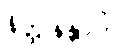
နိတ္ထုနန္တာပိ